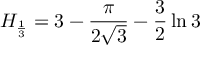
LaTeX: H _ { \frac { 1 } { 3 } } = 3 - { \frac { \pi } { 2 { \sqrt { 3 } } } } - { \frac { 3 } { 2 } } \ln { 3 }